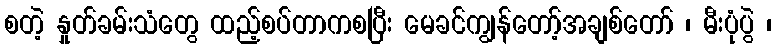
စတဲ့ နှုတ်ခမ်းသံတွေ ထည့်စပ်တာကစပြီး မေခင်ကျွန်တော့်အချစ်တော် ၊ မီးပုံပွဲ ၊